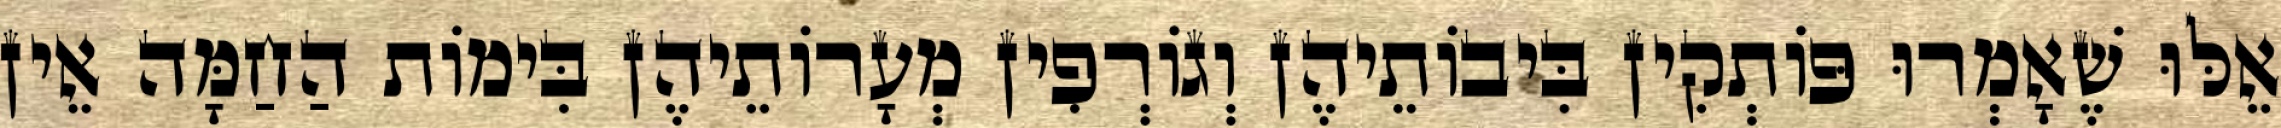
אֵלּוּ שֶׁאָמְרוּ פּוֹתְקִין בִּיבוֹתֵיהֶן וְגוֹרְפִין מְעָרוֹתֵיהֶן בִּימוֹת הַחַמָּה אֵין